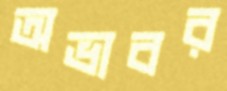
অভাবর